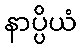
နာပ္ပိယံ